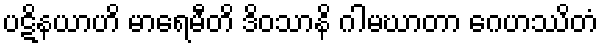
ပဋိနယာဟိ မာရေမီတိ ဒိဝသာနိ ဂါမဃာတာ ဂေဟဿိတံ